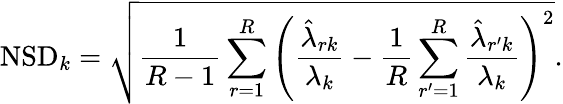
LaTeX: \mathrm{NSD}_{k}=\sqrt{\frac{1}{R-1}\sum_{r=1}^{R}{\left(\frac{\hat{{\lambda}}_{rk}}{\lambda_{k}}-\frac{1}{R}\sum_{r^{\prime}=1}^{R}\frac{\hat{{\lambda}}_{r^{\prime}k}}{\lambda_{k}}\right)^{2}}}.